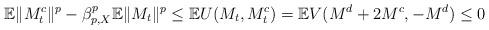
LaTeX: \begin{align*} \mathbb E\|M^c_t\|^p - \beta_{p, X}^p \mathbb E \|M_t\|^p \leq \mathbb E U(M_t, M^c_t) = \mathbb E V(M^d + 2M^c, -M^d) \leq 0\end{align*}